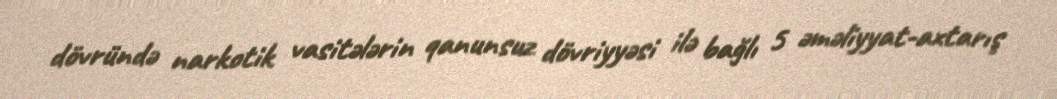
dövründə narkotik vasitələrin qanunsuz dövriyyəsi ilə bağlı 5 əməliyyat-axtarış